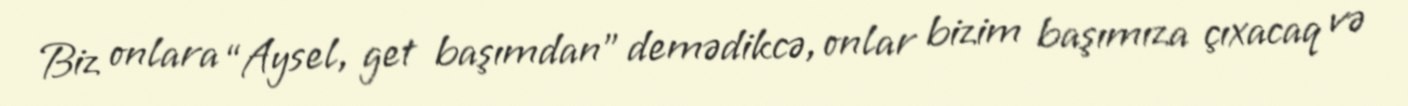
Biz onlara “Aysel, get başımdan” demədikcə, onlar bizim başımıza çıxacaq və